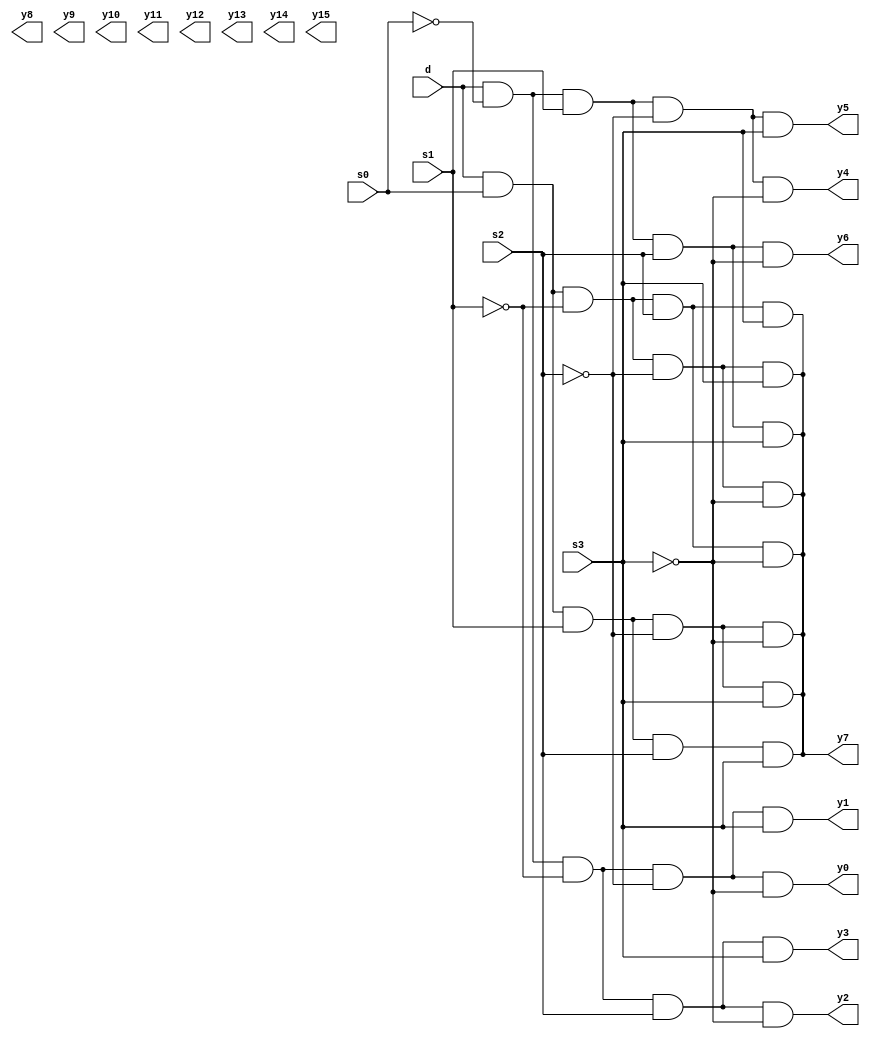
module one_16demux (d,s0,s1,s2,s3,y0,y1,y2,y3,y4,y5,y6,y7,y8,y9,y10,y11,y12,y13,y14,y15);
input d,s0,s1,s2,s3;
	output y0,y1,y2,y3,y4,y5,y6,y7,y8,y9,y10,y11,y12,y13,y14,y15;
	assign s1n=~s1;
	assign s2n=~s2;
	assign s3n=~s3;
	assign s0n=~s0;
	assign y0=d&s0n&s1n&s2n&s3n;
	assign y1=d&s0n&s1n&s2n&s3;	
	assign y2=d&s0n&s1n&s2&s3n;
	assign y3=d&s0n&s1n&s2&s3;	 
	assign y4=d&s0n&s1&s2n&s3n;
	assign y5=d&s0n&s1&s2n&s3;
	assign y6=d&s0n&s1&s2&s3n;
	assign y7=d&s0n&s1&s2&s3; 
	assign y7=d&s0&s1n&s2n&s3n; 
	assign y7=d&s0&s1n&s2n&s3; 
	assign y7=d&s0&s1n&s2&s3n; 
	assign y7=d&s0&s1n&s2&s3; 
	assign y7=d&s0&s1&s2n&s3n; 
	assign y7=d&s0&s1&s2n&s3; 
	assign y7=d&s0&s1&s2&s3; 
	
endmodule